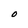
Character: O